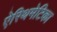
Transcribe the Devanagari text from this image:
ऐरिथमेटिका